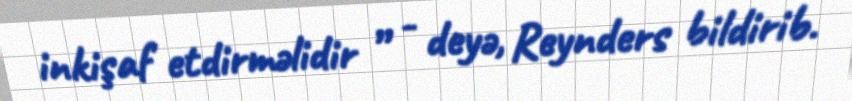
inkişaf etdirməlidir ” - deyə, Reynders bildirib.